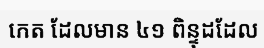
កេត ដែលមាន ៤១ ពិន្ទុដដែល